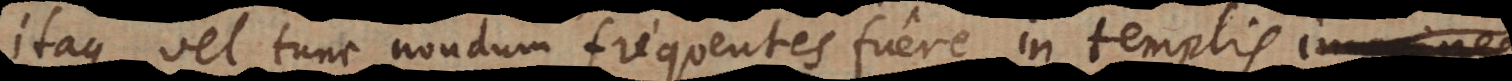
itaque vel tunc nondum frequentes fuere in templis imagines,